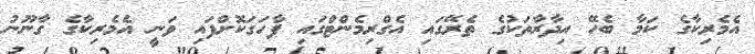
އެމެރިކާގެ ކަމާ ބެހޭ އިދާރާތަކުގެ ތެރޭގައި އެގްރިމެންޓްގައި ފާހަގަކޮށްފައި ވަނީ އެމެރިކާގެ ގާނޫނު